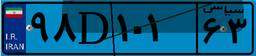
۳۹D۳۳۱۶۲